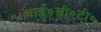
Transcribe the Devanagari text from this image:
आई०सी०टी०